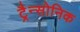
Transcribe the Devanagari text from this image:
ट्रैन्सोनिक